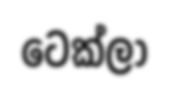
ටෙක්ලා